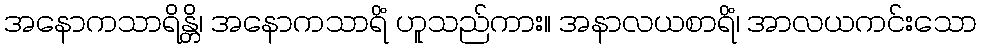
အနောကသာရိန္တိ၊ အနောကသာရိံ ဟူသည်ကား။ အနာလယစာရိံ၊ အာလယကင်းသော